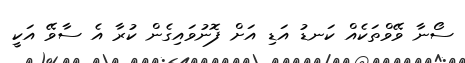
ސޯނާ ވޭވްތަކެއް ކަނޑު އަޑި އަށް ފޮނުވައިގެން ކުރާ އެ ސާވޭ އަކީ